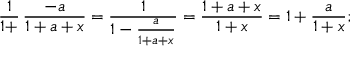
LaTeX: { \frac { 1 } { 1 + } } \, { \frac { - a } { 1 + a + x } } = { \frac { 1 } { 1 - { \frac { a } { 1 + a + x } } } } = { \frac { 1 + a + x } { 1 + x } } = 1 + { \frac { a } { 1 + x } } ;